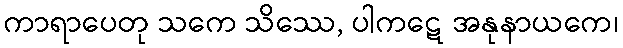
ကာရာပေတု သကေ သိဿေ, ပါကဋေ အနုနာယကေ၊